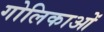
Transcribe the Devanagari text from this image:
गोलिकाओं